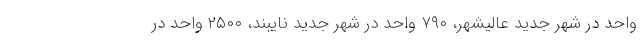
واحد در شهر جدید عالیشهر، ۷۹۰ واحد در شهر جدید نایبند، ۲۵۰۰ واحد در